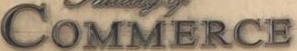
Commerce